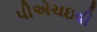
પીએચઇવી